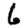
Digit: 6